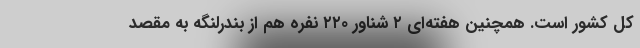
کل کشور است. همچنین هفته‌ای ۲ شناور ۲۲۰ نفره هم از بندرلنگه به مقصد